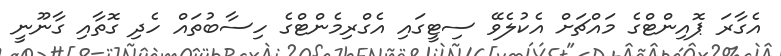
އެގާރަ ޕޮއިންޓްގެ މައްޗަށް އެކުލެވޭ ސިޓީގައި އެގްރިމެންޓްގެ ހިސާބުތައް ހެދި ގޮތާއި ގާނޫނީ